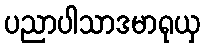
ပညာပါသာဒမာရုယှ